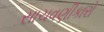
સાચવણીકારો